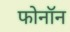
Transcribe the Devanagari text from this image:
फोनॉन